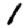
Digit: 1